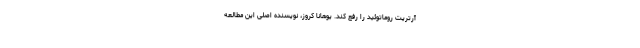
آرتریت روماتوئید را رفع کند. یوهانا کروز، نویسنده اصلی این مطالعه